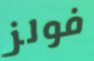
فولز